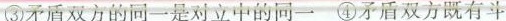
③矛盾双方的同一是对立中的同一 ④矛盾双方既有斗